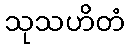
သုသဟိတံ